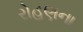
રોહણના